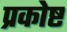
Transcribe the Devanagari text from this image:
प्रकोष्ट